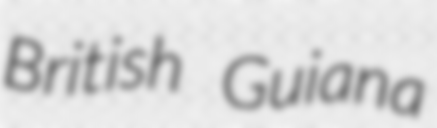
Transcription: British Guiana